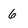
Character: 6